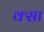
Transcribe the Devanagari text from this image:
क्सा